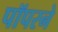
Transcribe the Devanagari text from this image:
पॉपरने